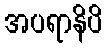
အပရာနိပိ